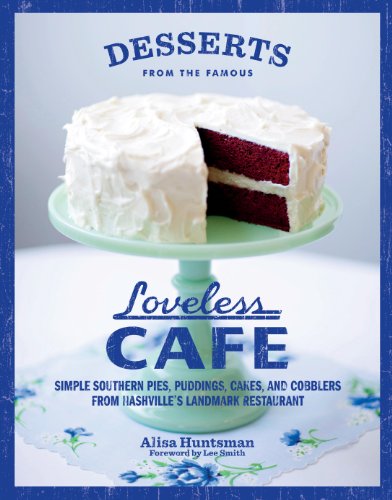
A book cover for Desserts from the Famous Loveless Cafe; Alisa Huntsman; Cookbooks, Food & Wine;